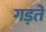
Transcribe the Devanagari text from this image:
गड़ते